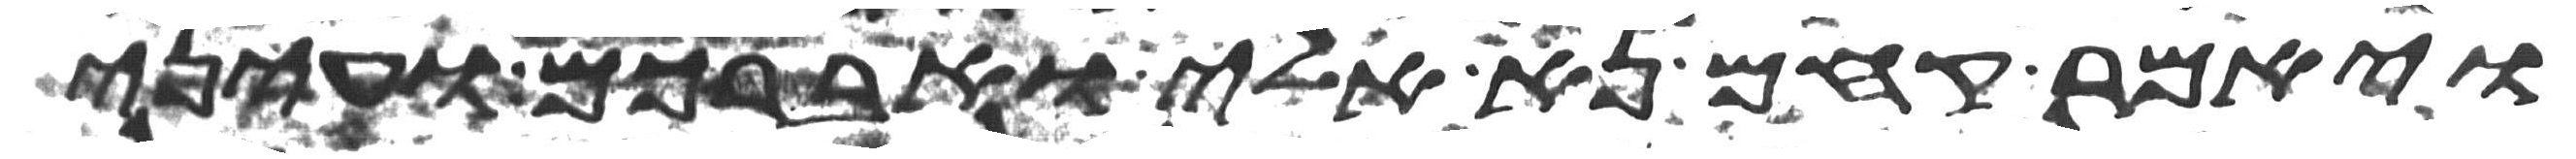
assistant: ויאמר קחם נא אלי ואברכם ועיני